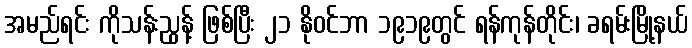
အမည်ရင်း ကိုသန်းညွန့် ဖြစ်ပြီး ၂၁ နိုဝင်ဘာ ၁၉၁၉တွင် ရန်ကုန်တိုင်း၊ ခရမ်းမြို့နယ်